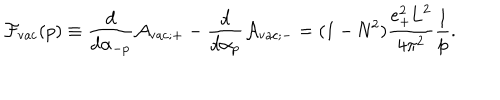
{ \cal F } _ { \mathrm { v a c } } ( p ) \equiv \frac { d } { d { \alpha } _ { - p } } { \cal A } _ { \mathrm { v a c } ; + } - \frac { d } { d { \alpha } _ { p } } { \cal A } _ { \mathrm { v a c } ; - } = ( 1 - \mathrm { N } ^ { 2 } ) \frac { e _ { + } ^ { 2 } \mathrm { L } ^ { 2 } } { 4 { \pi } ^ { 2 } } \frac { 1 } { p } .